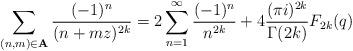
LaTeX: \begin{align*}\sum_{(n,m)\in\textbf{A}}\frac{(-1)^n}{(n+mz)^{2k}}=2\sum^{\infty}_{n=1}\frac{(-1)^n}{n^{2k}}+4\frac{(\pi i)^{2k}}{\Gamma(2k)}F_{2k}(q)\end{align*}